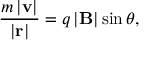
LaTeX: { \frac { m \left| \mathbf { v } \right| } { \left| \mathbf { r } \right| } } = q \left| \mathbf { B } \right| \sin \theta , \,